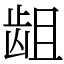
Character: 龃